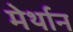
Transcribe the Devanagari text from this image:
मेर्थान